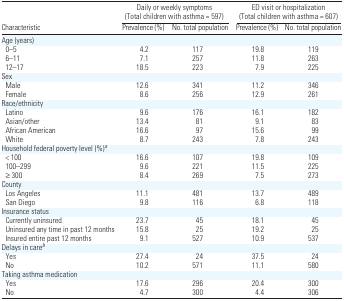
|  | <COLSPAN=2> Daily or weekly symptoms (Total children with asthma = 597) | <COLSPAN=2> ED visit or hospitalization (Total children with asthma = 607) |
 | Characteristic | Prevalence (%) | No. total population | Prevalence (%) | No. total population |
 | --- | --- | --- | --- | --- |
 | <COLSPAN=5> Age (years) |
 | 0–5 | 4.2 | 117 | 19.8 | 119 |
 | 6–11 | 7.1 | 257 | 11.8 | 263 |
 | 12–17 | 18.5 | 223 | 7.9 | 225 |
 | <COLSPAN=5> Sex |
 | Male | 12.6 | 341 | 11.2 | 346 |
 | Female | 8.6 | 256 | 12.9 | 261 |
 | <COLSPAN=5> Race/ethnicity |
 | Latino | 9.6 | 176 | 16.1 | 182 |
 | Asian/other | 13.4 | 81 | 9.1 | 83 |
 | African American | 16.6 | 97 | 15.6 | 99 |
 | White | 8.7 | 243 | 7.8 | 243 |
 | <COLSPAN=5> Household federal poverty level (%)a |
 | < 100 | 16.6 | 107 | 19.8 | 109 |
 | 100–299 | 9.6 | 221 | 11.5 | 225 |
 | ≥ 300 | 8.4 | 269 | 7.5 | 273 |
 | <COLSPAN=5> County |
 | Los Angeles | 11.1 | 481 | 13.7 | 489 |
 | San Diego | 9.8 | 116 | 6.8 | 118 |
 | <COLSPAN=5> Insurance status |
 | Currently uninsured | 23.7 | 45 | 18.1 | 45 |
 | Uninsured any time in past 12 months | 15.8 | 25 | 19.2 | 25 |
 | Insured entire past 12 months | 9.1 | 527 | 10.9 | 537 |
 | <COLSPAN=5> Delays in careb |
 | Yes | 27.4 | 24 | 37.5 | 24 |
 | No | 10.2 | 571 | 11.1 | 580 |
 | <COLSPAN=5> Taking asthma medication |
 | Yes | 17.6 | 296 | 20.4 | 300 |
 | No | 4.7 | 300 | 4.4 | 306 |